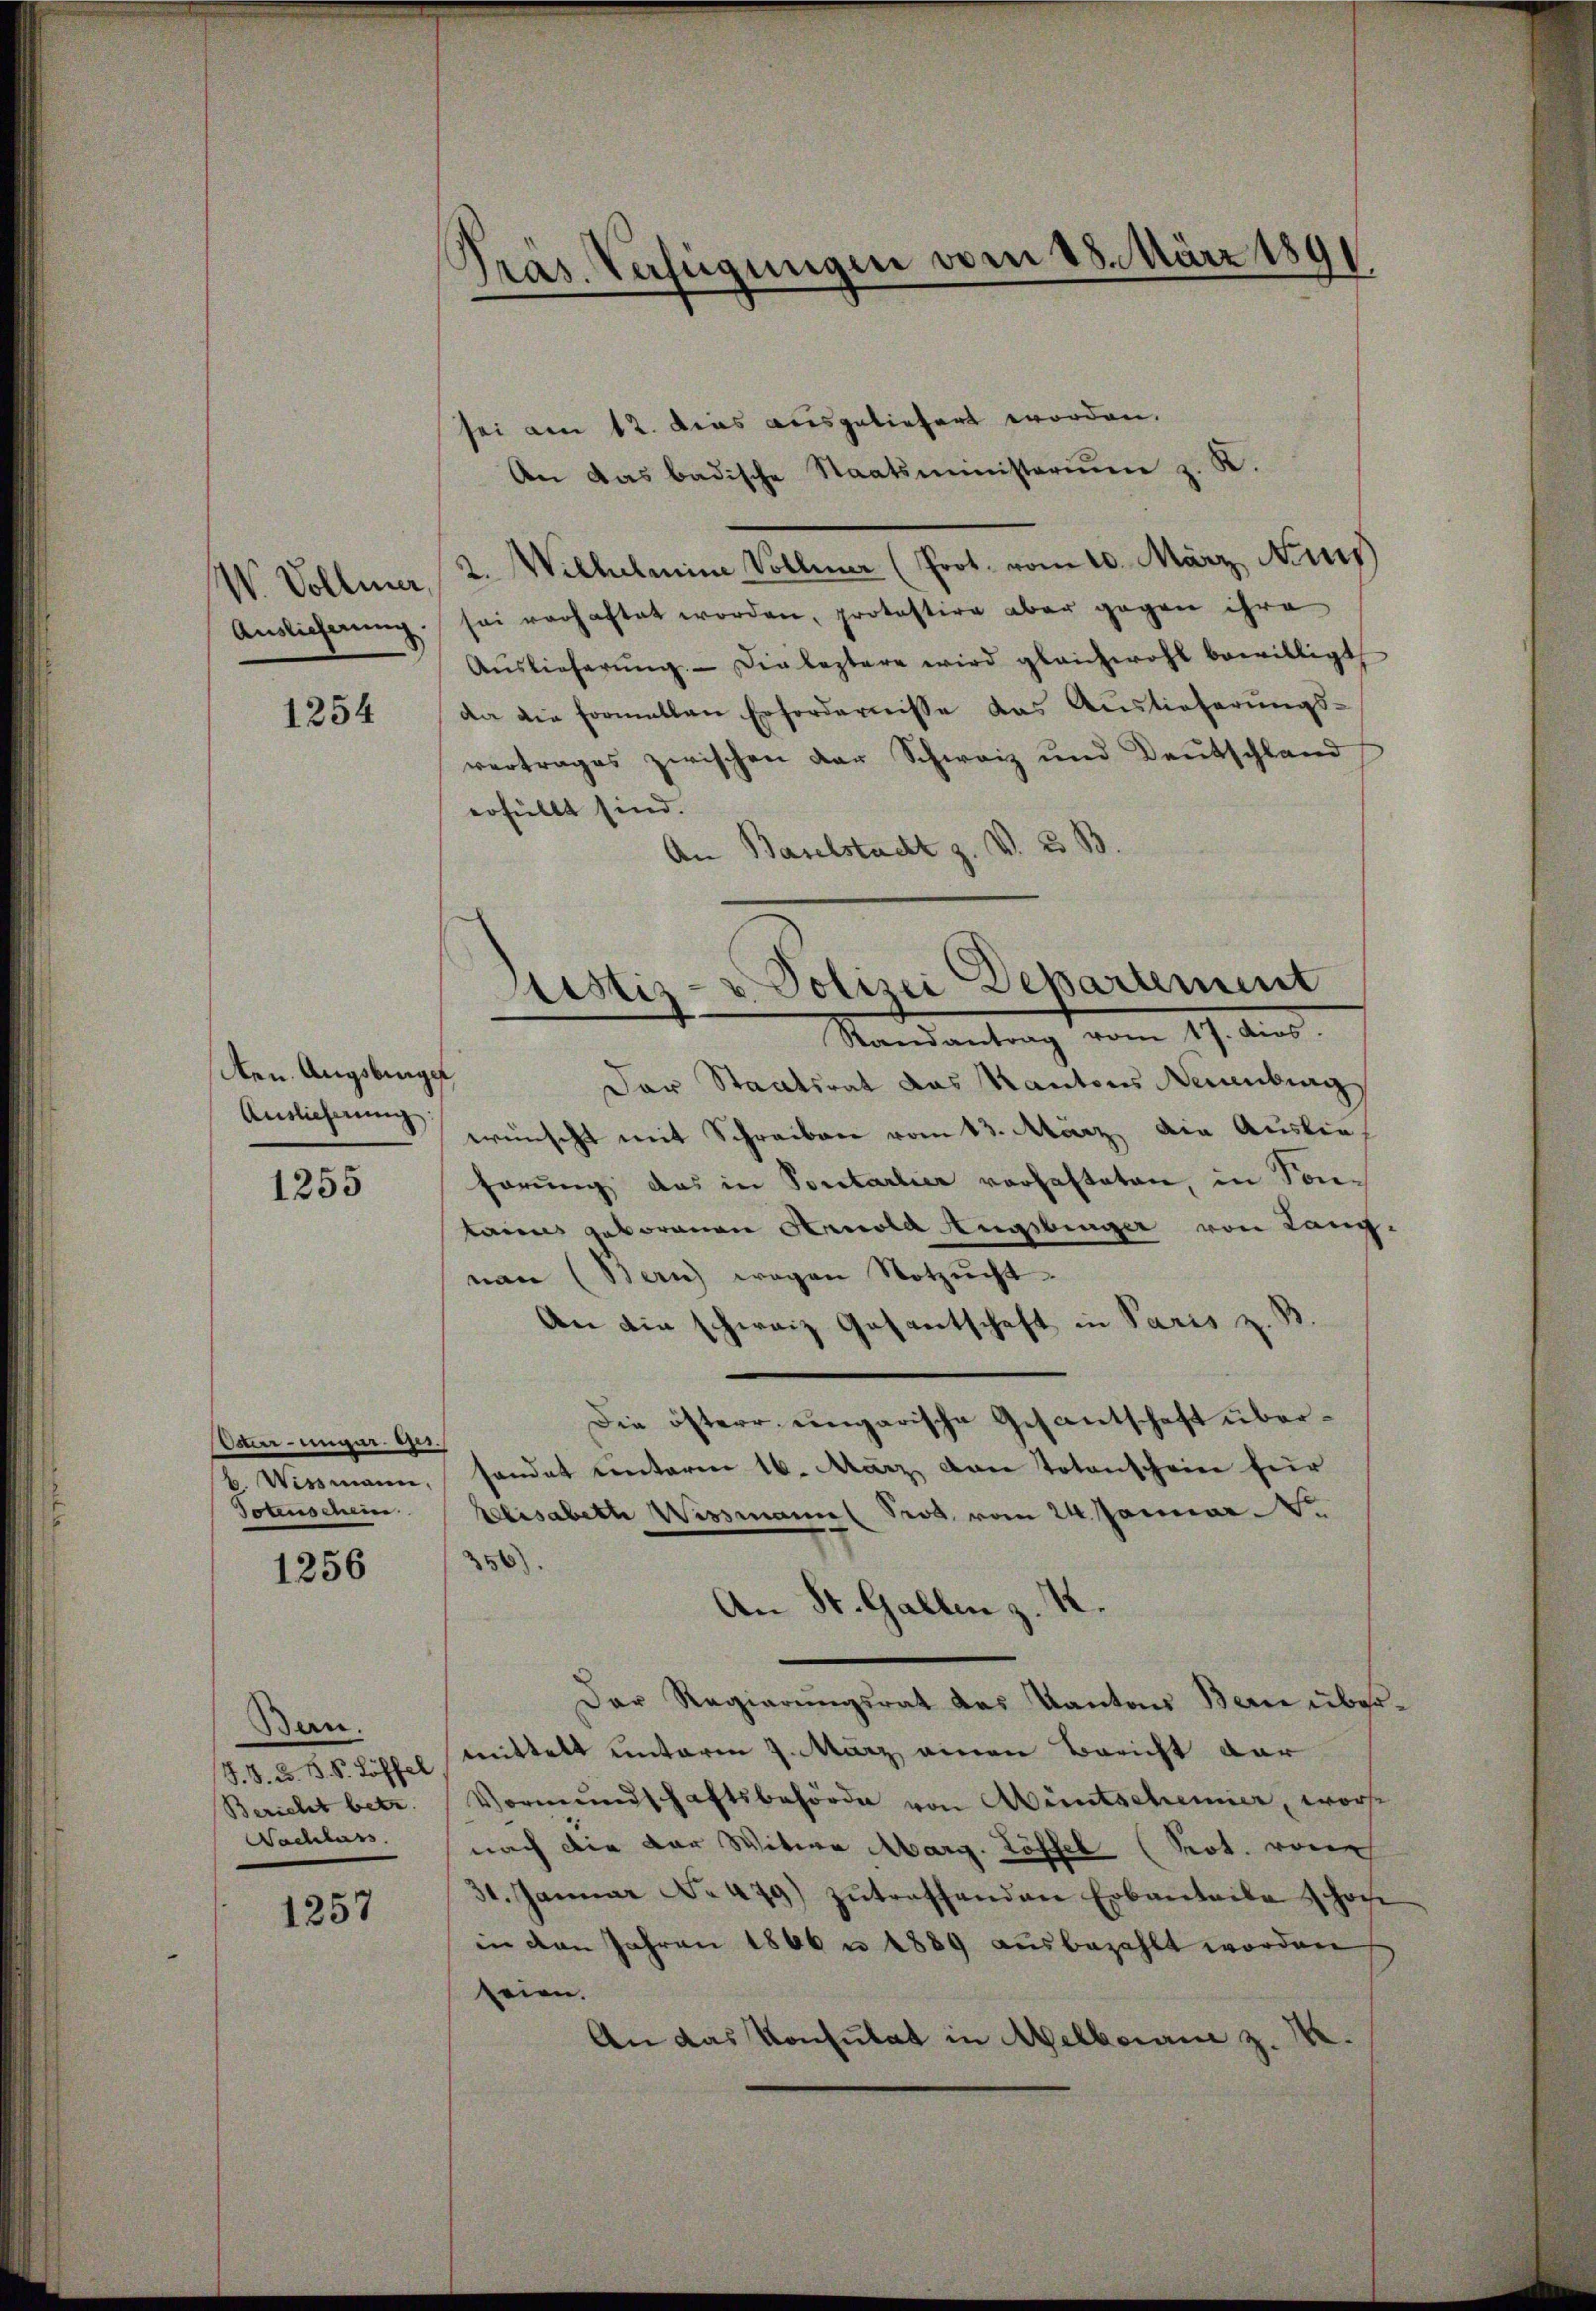
1254

Aen. Augsburger
Auslieferung:

1255

Vater- unger Ges.
6. Wismann,
Totenschein

1256

Ban.
(§. 8. d. B. S. Löffel
Bericht betr.
Sachlass

1257

Präs. Verfügungen vom 28. März 189

sei am 12. Dies ausgeliefert worden.
An das badische Staatsministerium z. K.
W. Vollmer, 2. Wilhelmine Vollmar (Prot. vom 10. März Nas
Auslieferung sei verhaftet worden, protestire aber gegen ihre
Aŭslieferŭng. - Die leztere wird gleichwohl bewilligt
da die Formellen Erfordernisse das Auslieferungs-
vertrages zwischen der Schweiz und Deutschland
erfüllt sind.
An Baselstadt z. V. B. B

Justiz- u. Polizei Departement
Randantrag vom 17. dies

Der Staatsrat das Kantons Neuenburg
wünscht mit Schreiben vom 13. März, die Auslie
hörung das in Portarlier vorhafteten, in Sontains geborenen Arnola Angebiger von Langnan (Bern wegen Notzucht
An die schweiz Gesantschaft in Paris z. B.
Die österr. eingarische Gesantschaft übersandat unterm 16. März von Totenschein für
Elisabeth Wissmann Seit vom 24. Januar
356).
An St. Gallen z. K.
Der Regierungsrat des Kanton Bern übermittelt unterm 9. März einen Bericht dar
Vormundschaftsbehörde von Muntschemier, worfe
nach die der Witwe Marg. Löffel (Not. von
31. Januar No 479) zŭtreffenden Erbanteile schon
in den Jahren 1866 n 1889 ausbezahlt worden
seien.
An das Konsulat in Melboran z. We